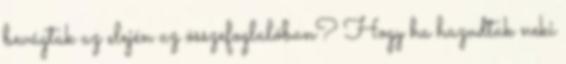
bevágtak az elején az összefoglalóban? Hogy ha hazudtak neki